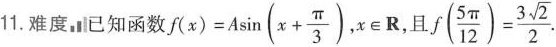
11.难度，已知函数$$f(x)=A \sin(x+ \frac{\pi}{3})$$, $$x\in R$$，且 $$f(\frac{5 \pi}{12})= \frac{3 \sqrt{2}}{2}$$.